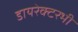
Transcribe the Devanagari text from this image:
डायरेक्टरभी